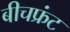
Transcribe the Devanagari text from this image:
बीचफ्रंट